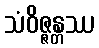
သံဝိဇ္ဇန္တဿ